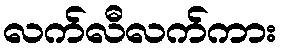
လက်လီလက်ကား